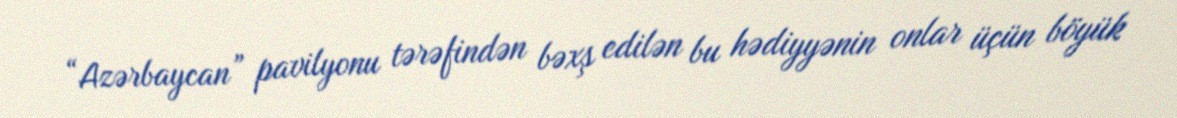
“Azərbaycan” pavilyonu tərəfindən bəxş edilən bu hədiyyənin onlar üçün böyük